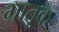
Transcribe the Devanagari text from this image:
भ्रातृक